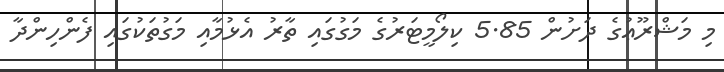
މި މަޝްރޫޢުގެ ދަށުން 5.85 ކިލޯމީޓަރުގެ މަގުގައި ތާރު އެޅުމާއި މަގުތަކުގައި ފެންހިންދާ